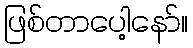
ဖြစ်တာပေါ့နော်။